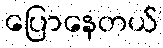
ပြောနေတယ်